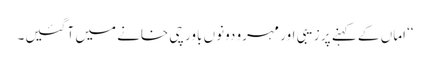
‘‘ اماں کے کہنے پر زیبی اور مہرو دونوں باورچی خانے میں آ گئیں۔